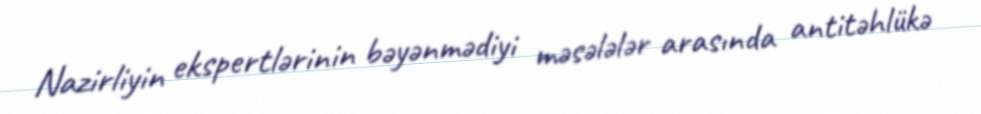
Nazirliyin ekspertlərinin bəyənmədiyi məsələlər arasında antitəhlükə